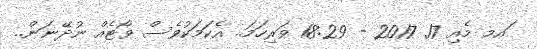
ަަައމ މެއި 17